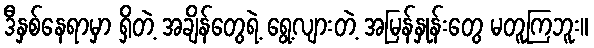
ဒီနှစ်နေရာမှာ ရှိတဲ့ အချိန်တွေရဲ့ ရွေ့လျားတဲ့ အမြန်နှုန်းတွေ မတူကြဘူး။